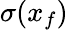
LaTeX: \sigma(x_{f})